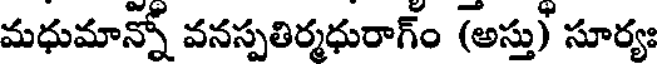
మధుమాన్నో వనస్పతిర్మధురాగ్ం (అస్తు) సూర్యః